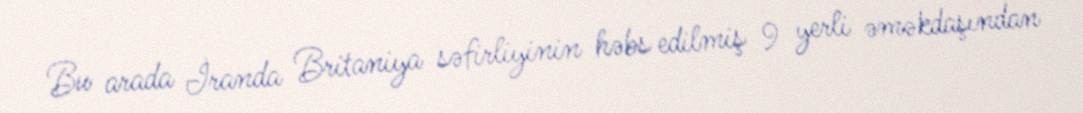
Bu arada İranda Britaniya səfirliyinin həbs edilmiş 9 yerli əməkdaşından